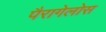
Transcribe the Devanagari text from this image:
पैरागेलोस